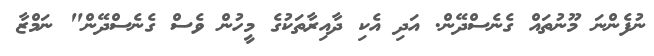
ނުފެންނަ މޫނުތައް ގެނެސްދޭން. އަދި އެކި ދާއިރާތަކުގެ މީހުން ވެސް ގެނެސްދޭން" ނަމްޒާ